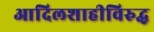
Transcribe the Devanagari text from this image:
आदिलशाहीविरुद्ध